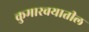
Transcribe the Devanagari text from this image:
कुमारवयातील